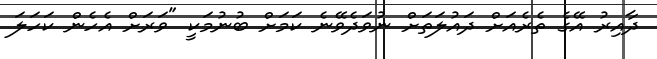
ދާއިރު އޭގެ ތެރެއަށް ދައުލަތަށް ނުވަދެވޭނެ ކަމަށް ބުނުމަކީ "ވަރަށް އެހެން ކަހަލަ